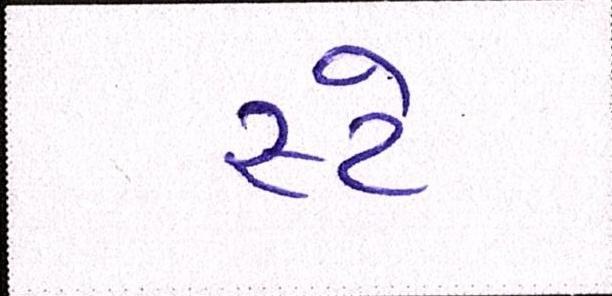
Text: સ્ટે